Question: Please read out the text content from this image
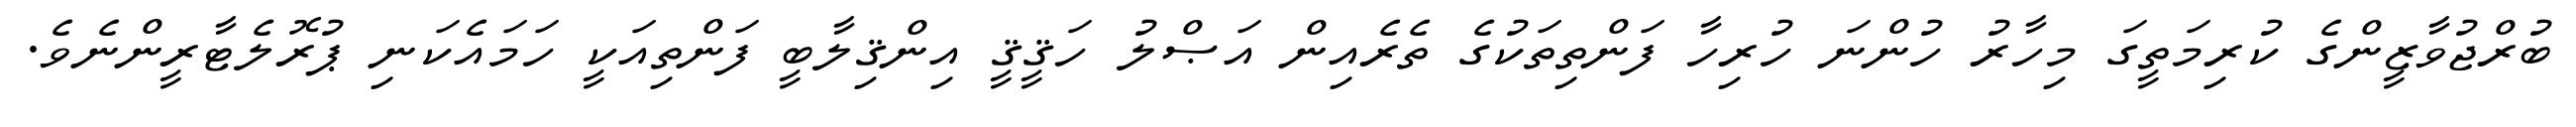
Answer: ބުރްޖުވާޒީންގެ ކުރިމަތީގަ މިހާރު ހުންނަ ހުރިހާ ފަންތިތަކުގެ ތެރެއިން އަޞްލު ހަޤީޤީ އިންޤިލާބީ ފަންތިއަކީ ހަމައެކަނި ޕުރޮލެޓާރީންނެވެ.